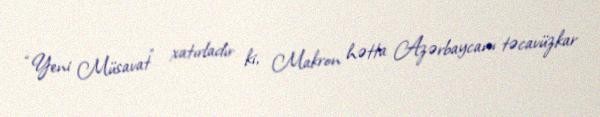
“Yeni Müsavat” xatırladır ki, Makron hətta Azərbaycanı təcavüzkar